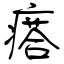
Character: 瘩